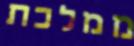
ממלכת